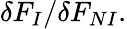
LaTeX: \delta F_{I}/\delta F_{NI}.